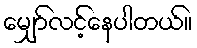
မျှော်လင့်နေပါတယ်။